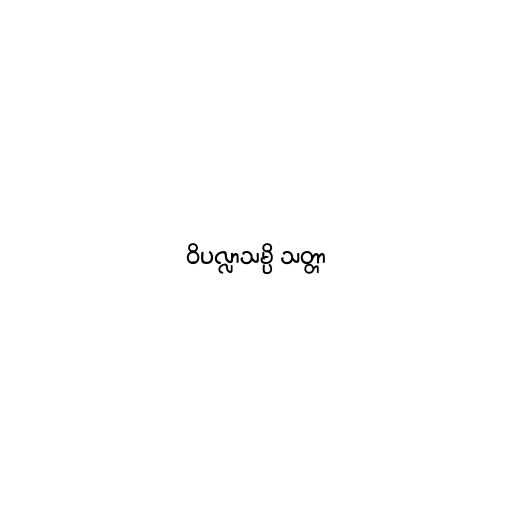
ဝိပလ္လာသမ္ပိ သတ္တာ